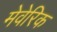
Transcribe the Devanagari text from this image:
मेवेरिक